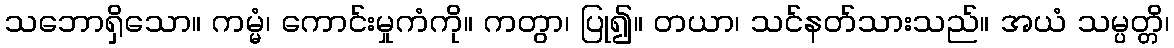
သဘောရှိသော။ ကမ္မံ၊ ကောင်းမှုကံကို။ ကတွာ၊ ပြု၍။ တယာ၊ သင်နတ်သားသည်။ အယံ သမ္ပတ္တိ၊